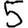
Digit: 5